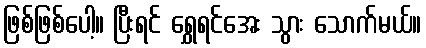
ဖြစ်ဖြစ်ပေါ့။ ပြီးရင် ရွှေရင်အေး သွား သောက်မယ်။